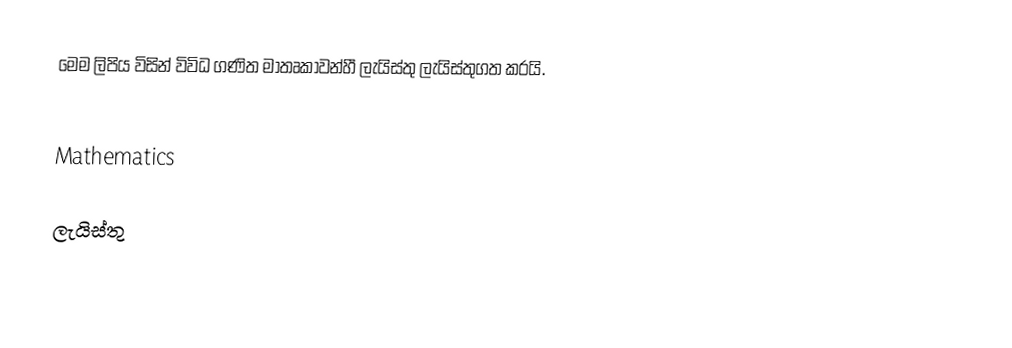
මෙම ලිපිය විසින් විවිධ  ගණිත මාතෘකාවන්හී ලැයිස්තු ලැයිස්තුගත කරයි.

Mathematics

ලැයිස්තු